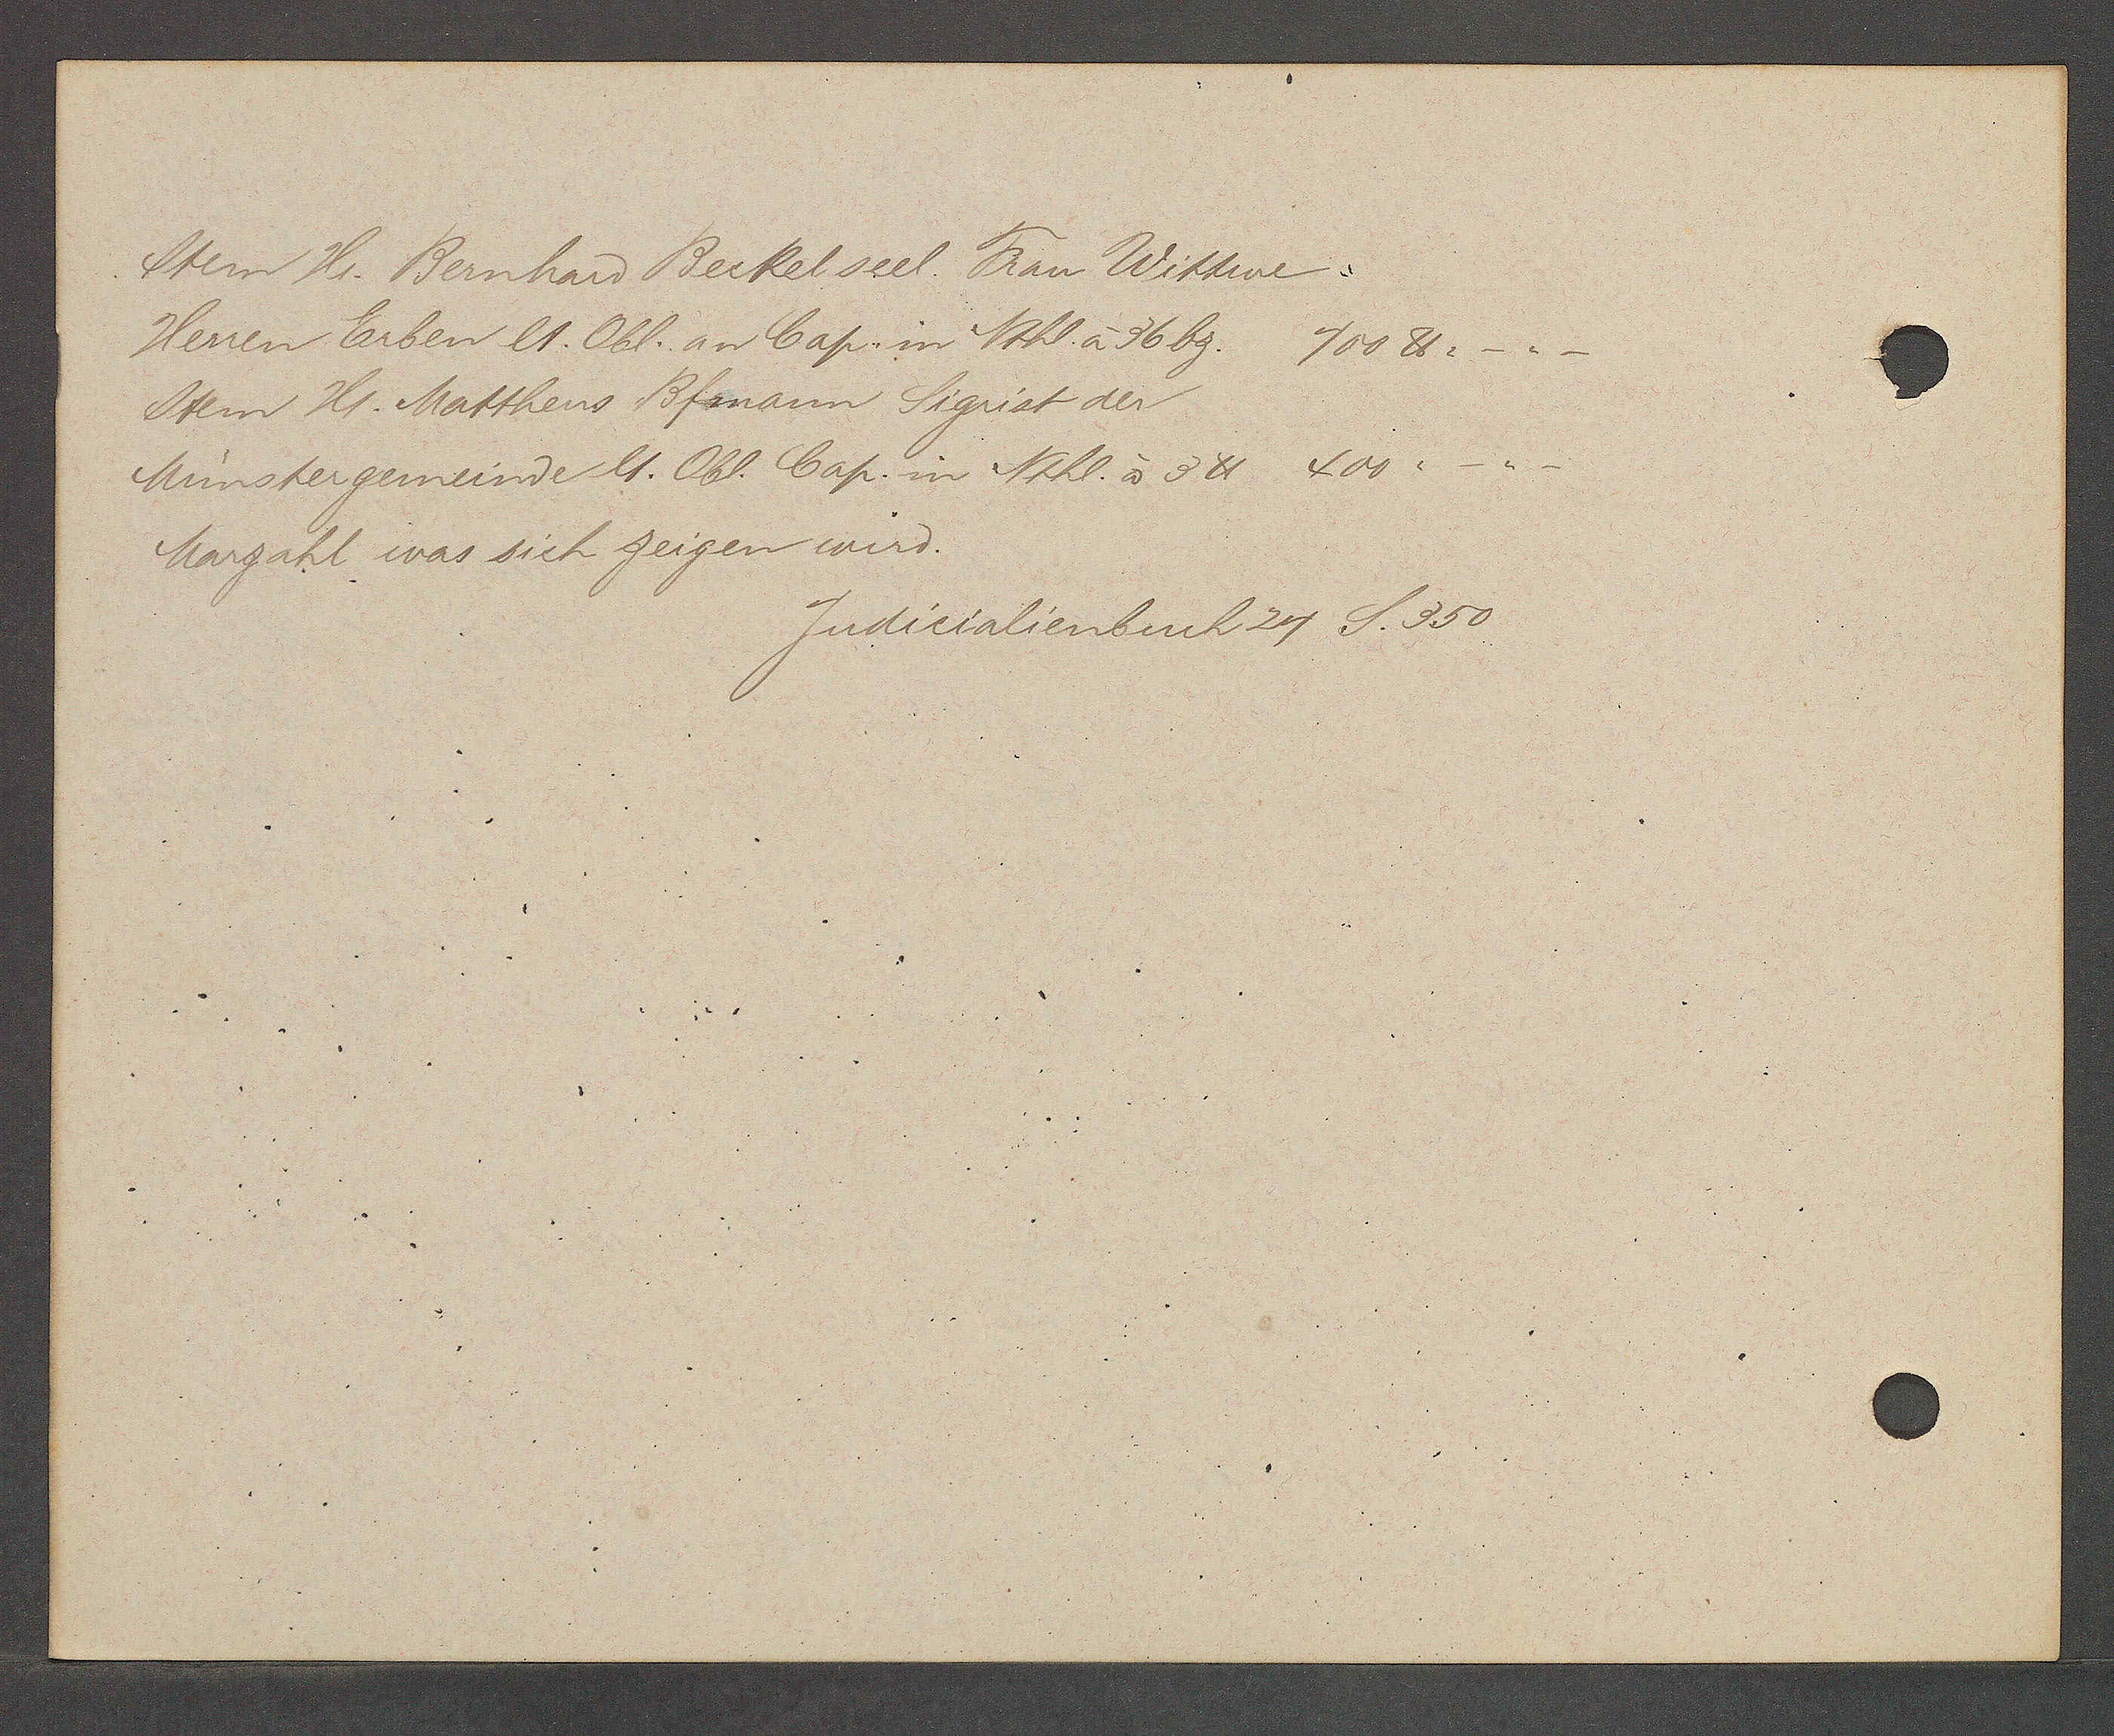
Transcript:
Item Hr. Bernhard Beckel seel Frau Wittwe,
Herren Erben lt. Obl. an Cap. im Nthl à 36 bz.
Item Hr. Mattheus Bfmann Sigrist der
Münstergemeinde lt. Obl. Cap. in Nthl. à 3℔ 400
Marzahl was sich zeigen wird.
700 ℔.

Judicialienbuch 29 S. 350